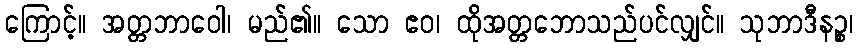
ကြောင့်။ အတ္တဘာဝေါ၊ မည်၏။ သော ဧဝ၊ ထိုအတ္တဘောသည်ပင်လျှင်။ သုဘာဒီနဉ္စ၊